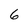
Character: 6